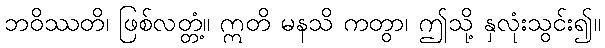
ဘဝိဿတိ၊ ဖြစ်လတ္တံ့။ ဣတိ မနသိ ကတွာ၊ ဤသို့ နှလုံးသွင်း၍။